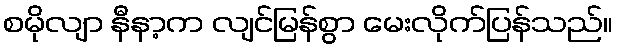
စမိုလျာ နီနာ့က လျင်မြန်စွာ မေးလိုက်ပြန်သည်။